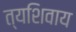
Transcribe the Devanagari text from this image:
त्यशिवाय